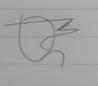
Signature authenticity: forged